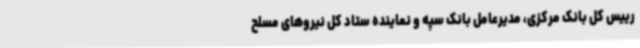
رییس کل بانک مرکزی، مدیرعامل بانک سپه و نماینده ستاد کل نیروهای مسلح